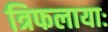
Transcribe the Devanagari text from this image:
त्रिफलायाः